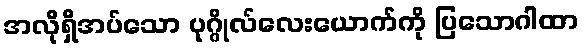
အလိုရှိအပ်သော ပုဂ္ဂိုလ်လေးယောက်ကို ပြသောဂါထာ